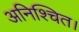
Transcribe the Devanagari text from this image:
अनिश्चित।